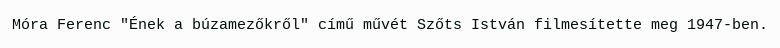
Móra Ferenc "Ének a búzamezőkről" című művét Szőts István filmesítette meg 1947-ben.